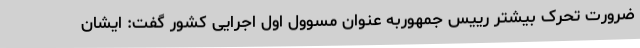
ضرورت تحرک بیشتر رییس جمهوربه عنوان مسوول اول اجرایی کشور گفت: ایشان